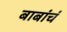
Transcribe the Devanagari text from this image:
बाबांचं